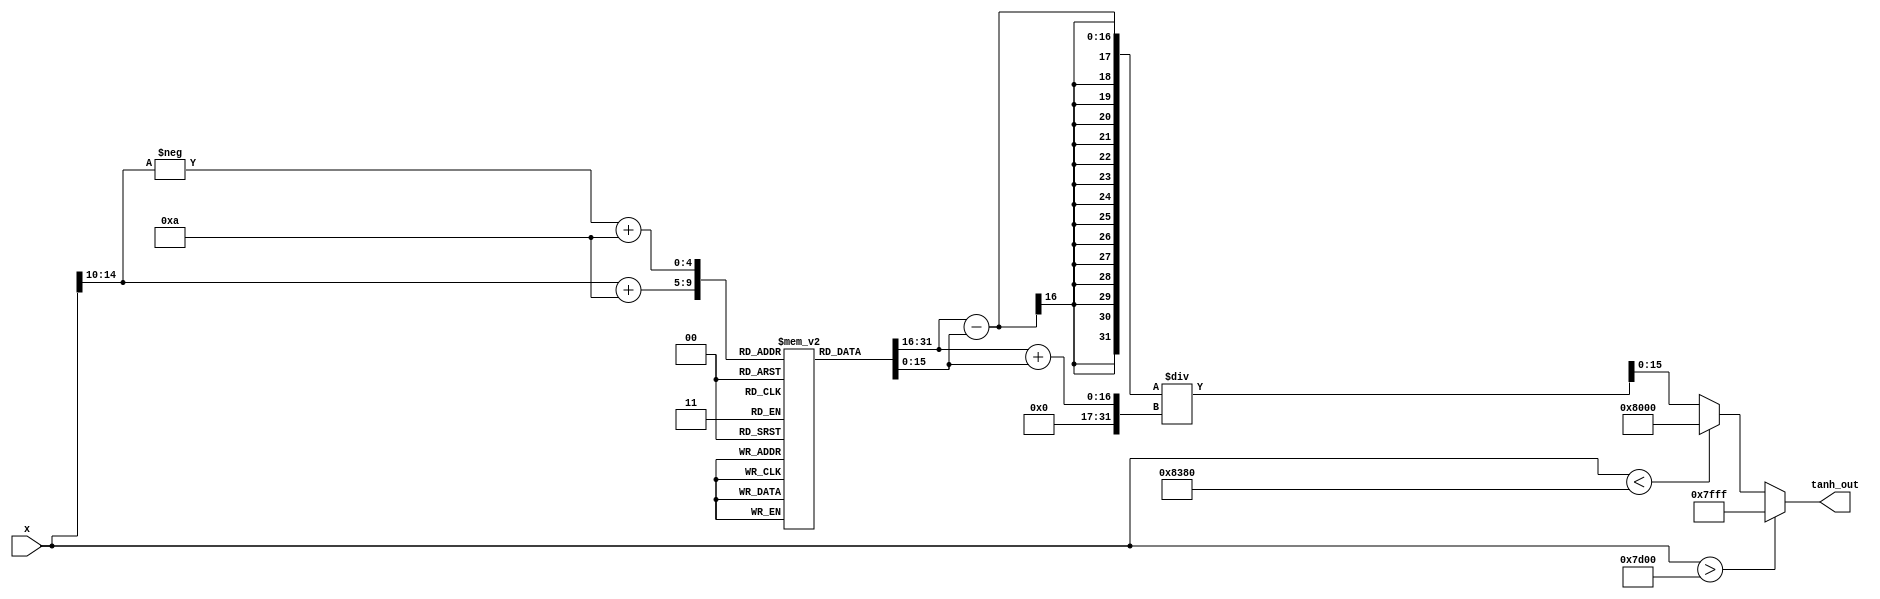
module tanh_block (
    input wire [15:0] x,       // Input value in Q1.15 format
    output reg [15:0] tanh_out // Output value in Q1.15 format
);

    // Constants
    parameter MAX_INPUT = 16'h7D00; // Fixed-point representation of 10
    parameter MIN_INPUT = 16'h8380; // Fixed-point representation of -10
    parameter ONE = 16'h7FFF;       // Fixed-point representation of 1
    parameter NEG_ONE = 16'h8000;   // Fixed-point representation of -1

    // Exponential lookup table for values from -10 to 10 (Q1.15 format)
    reg [15:0] exp_table [0:20]; // Lookup table for e^x
    initial begin
        // Fill the exponential table with precomputed values
        exp_table[0] = 16'h0001; // e^(-10)
        exp_table[1] = 16'h0006; // e^(-9)
        exp_table[2] = 16'h0015; // e^(-8)
        exp_table[3] = 16'h0032; // e^(-7)
        exp_table[4] = 16'h0060; // e^(-6)
        exp_table[5] = 16'h00B5; // e^(-5)
        exp_table[6] = 16'h0139; // e^(-4)
        exp_table[7] = 16'h01E2; // e^(-3)
        exp_table[8] = 16'h02E0; // e^(-2)
        exp_table[9] = 16'h03F5; // e^(-1)
        exp_table[10] = 16'h04FF; // e^(0)
        exp_table[11] = 16'h061A; // e^(1)
        exp_table[12] = 16'h07D0; // e^(2)
        exp_table[13] = 16'h0A06; // e^(3)
        exp_table[14] = 16'h0D3B; // e^(4)
        exp_table[15] = 16'h11D5; // e^(5)
        exp_table[16] = 16'h18F8; // e^(6)
        exp_table[17] = 16'h22A2; // e^(7)
        exp_table[18] = 16'h2F6F; // e^(8)
        exp_table[19] = 16'h3B3D; // e^(9)
        exp_table[20] = 16'h7FFF; // e^(10)
    end

    // Temporary variables for calculations
    reg [15:0] exp_x;
    reg [15:0] exp_neg_x;
    reg [31:0] numerator;
    reg [31:0] denominator;

    always @(*) begin
        // Range handling
        if (x > MAX_INPUT) begin
            tanh_out = ONE; // Clamp to 1
        end else if (x < MIN_INPUT) begin
            tanh_out = NEG_ONE; // Clamp to -1
        end else begin
            // Calculate e^x and e^(-x)
            exp_x = exp_table[x[15:10] + 10]; // Use the lookup table
            exp_neg_x = exp_table[-x[15:10] + 10]; // Use the lookup table

            // Calculate numerator and denominator
            numerator = (exp_x - exp_neg_x);
            denominator = (exp_x + exp_neg_x);

            // Calculate tanh(x) = (e^x - e^(-x)) / (e^x + e^(-x))
            tanh_out = numerator / denominator; // Division in fixed-point format
        end
    end

endmodule